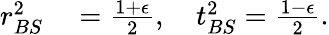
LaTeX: \begin{array}{rl}{r_{BS}^{2}}&{{}=\frac{1+\epsilon}{2},\quad t_{BS}^{2}=\frac{1-\epsilon}{2}.}\end{array}